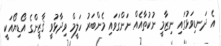
އެ ދަނޑިވަޅުގައި ނިޒާމީ ނުކުތާއެއް ނަންގަވައި މެންބަރު ހަލީމް ވިދާޅުވީ ޤާޒީންގެ އޯޑިޔޯއަކީ